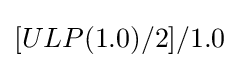
[ULP(1.0)/2]/1.0